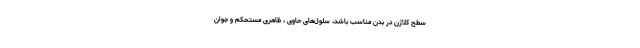
سطح کلاژن در بدن مناسب باشد، سلول‌های حاوی ، ظاهری مستحکم و جوان